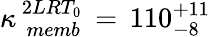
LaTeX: \kappa_{\, \, memb}^{\, 2LRT_{0}}\, =\, 110_{-8}^{+11}